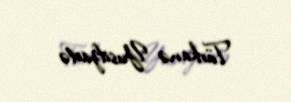
Türkanə Yusifzadə